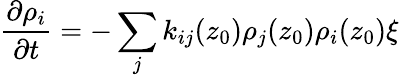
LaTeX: \frac{\partial\rho_{i}}{\partial t}=-\sum_{j}k_{ij}(z_{0})\rho_{j}(z_{0})\rho_{i}(z_{0})\xi